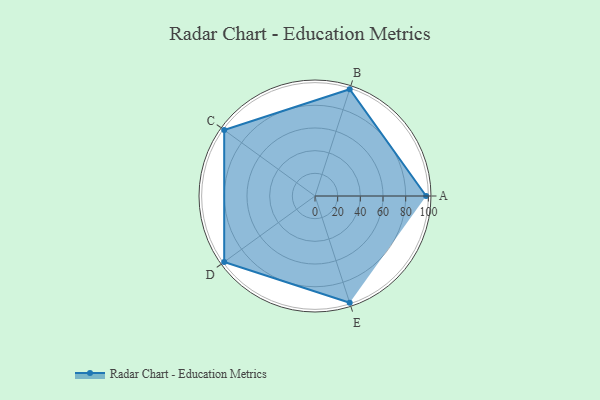
{"axis": {"x": "Skill", "y": "Score"}, "legend": ["Profile"], "data": [{"x": "A", "y": 98.0, "type": "Profile"}, {"x": "B", "y": 99, "type": "Profile"}, {"x": "C", "y": 99, "type": "Profile"}, {"x": "D", "y": 99, "type": "Profile"}, {"x": "E", "y": 99, "type": "Profile"}]}